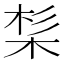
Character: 𣒡